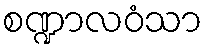
စဏ္ဍာလဝံသာ